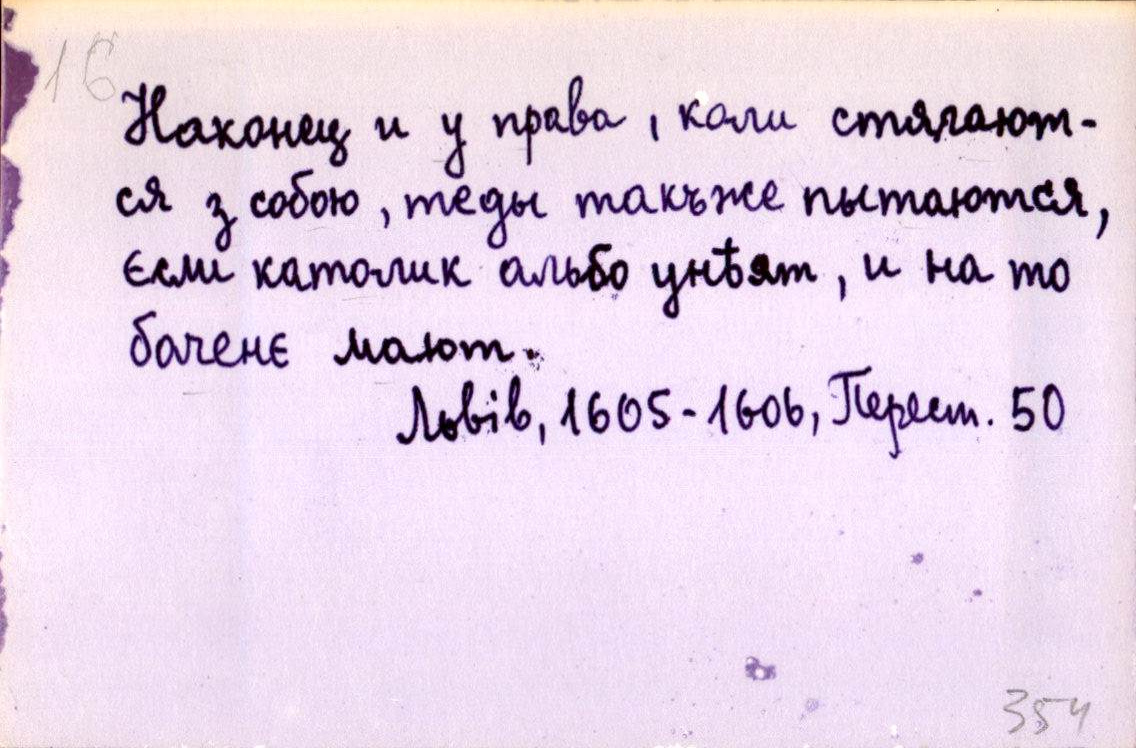
Наконец и у права, коли стягают-
ся з собою, теды такъже пытаются,
єсли католик альбо унѣят, и на то
баченє мают.
Львів, 1605-1606, Перест. 50